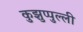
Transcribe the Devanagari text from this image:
कुझुप्पुल्ली